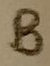
Text: B